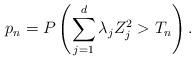
LaTeX: \begin{align*} p_{n} = P \left( \sum_{j=1}^d \lambda_j Z_j^2 > T_n \right).\end{align*}